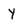
Character: y